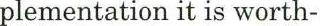
plementation it is worth-